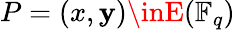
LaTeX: P=(x,\mathbf{y})\inE(\mathbb{{F}}_{q})